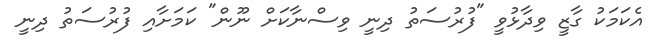
އެކަމަކު ގާޒީ ވިދާޅުވީ "ފުރުސަތު ދިނީ ވިސްނާކަށް ނޫން" ކަމަށާއި ފުރުސަތު ދިނީ